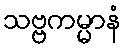
သဗ္ဗကမ္မာနံ